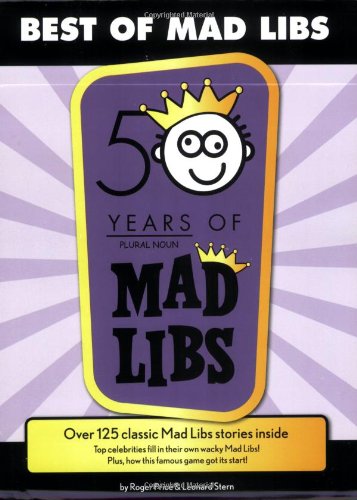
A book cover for Best of Mad Libs; Roger Price; Children's Books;